Civil Veterinary Department Bengal reports 1933-51 - 1933-1951
Year: 1933
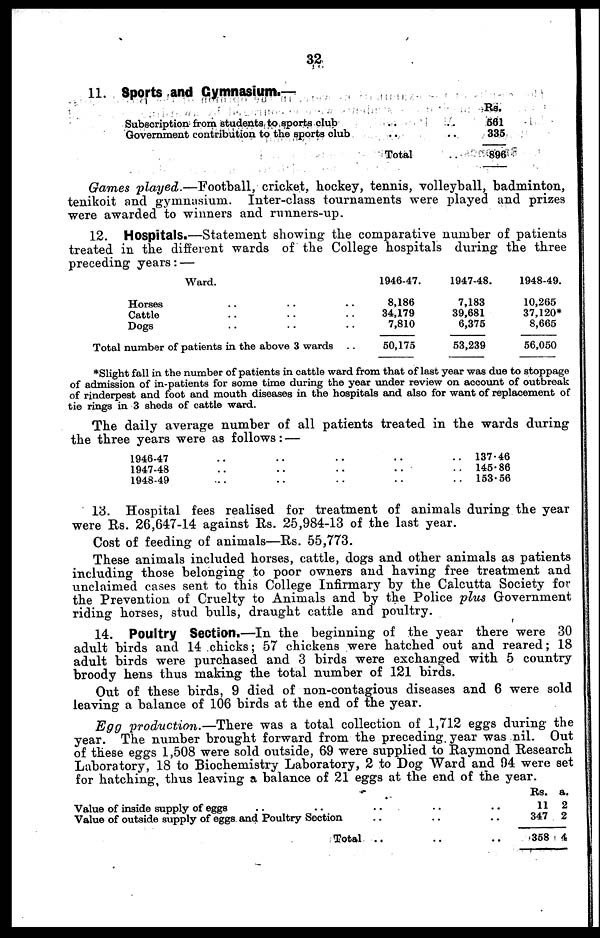
32
11. Sports and Gymnasium.—
Subscription from students to sports club .. ..
Government contribution to the sports club .. ..
Total ..
Rs.
561
335
896
Games played.—Football,
cricket, hockey, tennis, volleyball, badminton,
tenikoit and gymnasium. Inter-class tournaments were played and prizes
were awarded to winners and runners-up.
12. Hospitals.—Statement showing the comparative number of patients
treated in the different wards of the College hospitals during the three
preceding years : —
Ward.
Horses .. .. ..
Cattle .. .. ..
Dogs .. .. ..
Total number of patients in the above 3 wards ..
1946-47.
8,186
34,179
7,810
50,175
1947-48.
7,183
39,681
6,375
53,239
1948-49.
10,265
37,120*
8,665
56,050
*Slight fall in the number of patients in cattle ward from that of last year was due to stoppage
of admission of in-patients for some time during the year under review on account of outbreak
of rinderpest and foot and mouth diseases in the hospitals and also for want of replacement of
tie rings in 3 sheds of cattle ward.
The daily average number of all patients treated in the wards during
the three years were as follows : —
1946-47 .. .. .. .. ..
1947-48 .. .. .. .. ..
1948-49 .. .. .. .. ..
137.46
145.86
153.56
13. Hospital fees realised for treatment of animals during the year
were Rs. 26,647-14 against Rs. 25,984-13 of the last year.
Cost of feeding of animals—Rs. 55,773.
These animals included horses, cattle, dogs and other animals as patients
including those belonging to poor owners and having free treatment and
unclaimed cases sent to this College Infirmary by the Calcutta Society for
the Prevention of Cruelty to Animals and by the Police plus Government
riding horses, stud bulls, draught cattle and poultry.
14. Poultry Section.—In the beginning of the year there were 30
adult birds and 14 chicks; 57 chickens were hatched out and reared; 18
adult birds were purchased and 3 birds were exchanged with 5 country
broody hens thus making the total number of 121 birds.
Out of these birds, 9 died of non-contagious diseases and 6 were sold
leaving a balance of 106 birds at the end of the year.
Egg production.—There
was a total collection of 1,712 eggs during the
year. The number brought forward from the preceding year was nil. Out
of these eggs 1,508 were sold outside, 69 were supplied to Raymond Research
Laboratory, 18 to Biochemistry Laboratory, 2 to Dog Ward and 94 were set
for hatching, thus leaving a balance of 21 eggs at the end of the year.
Value of inside supply of eggs .. .. .. .. ..
Value of outside supply of eggs and Poultry Section .. .. ..
Total .. .. ..
Rs.
11
347
358
a.
2
2
4